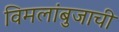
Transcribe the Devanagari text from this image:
विमलांबुजाची